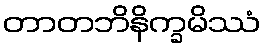
တာတဘိနိက္ခမိဿံ